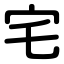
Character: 宅